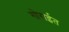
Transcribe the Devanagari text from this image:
गोराईत